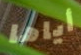
أياها